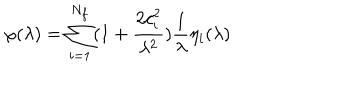
\varphi ( \lambda ) = \sum _ { i = 1 } ^ { N _ { f } } ( 1 + \frac { 2 c _ { i } ^ { 2 } } { \lambda ^ { 2 } } ) \frac 1 \lambda \eta _ { i } ( \lambda )